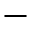
-